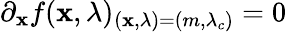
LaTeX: \partial_{\mathbf{x}}f(\mathbf{x},\lambda)_{(\mathbf{x},\lambda)=(m,\lambda_{c})}=0